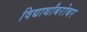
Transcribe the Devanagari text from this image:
विद्यार्थांबरोबर